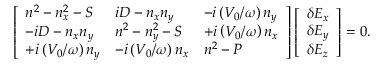
\left[ \begin{array} { l l l } { n ^ { 2 } - n _ { x } ^ { 2 } - S } & { i D - n _ { x } n _ { y } } & { - i \left( V _ { 0 } / \omega \right) n _ { y } } \\ { - i D - n _ { x } n _ { y } } & { n ^ { 2 } - n _ { y } ^ { 2 } - S } & { + i \left( V _ { 0 } / \omega \right) n _ { x } } \\ { + i \left( V _ { 0 } / \omega \right) n _ { y } } & { - i \left( V _ { 0 } / \omega \right) n _ { x } } & { n ^ { 2 } - P } \end{array} \right] \left[ \begin{array} { l } { \delta E _ { x } } \\ { \delta E _ { y } } \\ { \delta E _ { z } } \end{array} \right] = 0 .